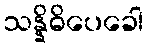
သန္နိဓိပေခေါ